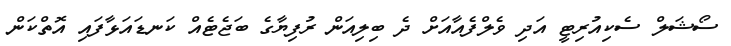
ސޯޝަލް ސެކިއުރިޓީ އަދި ވެލްފެއާއަށް ދެ ބިލިއަން ރުފިޔާގެ ބަޖެޓެއް ކަނޑައަޅާފައި އޮތްކަން